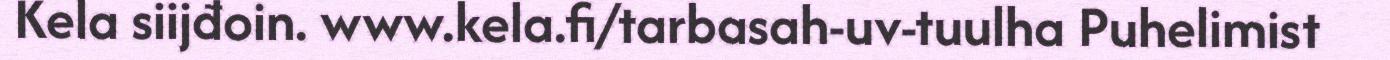
Kela siijđoin. www.kela.fi/tarbasah-uv-tuulha Puhelimist